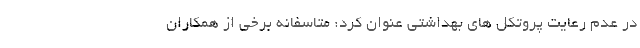
در عدم رعایت پروتکل های بهداشتی عنوان کرد: متاسفانه برخی از همکاران